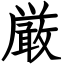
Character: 厳